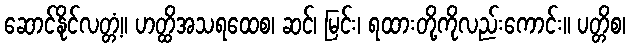
ဆောင်နိုင်လတ္တံ့။ ဟတ္ထိအသရထေစ၊ ဆင်၊ မြင်း၊ ရထားတို့ကိုလည်းကောင်း။ ပတ္တိစ၊